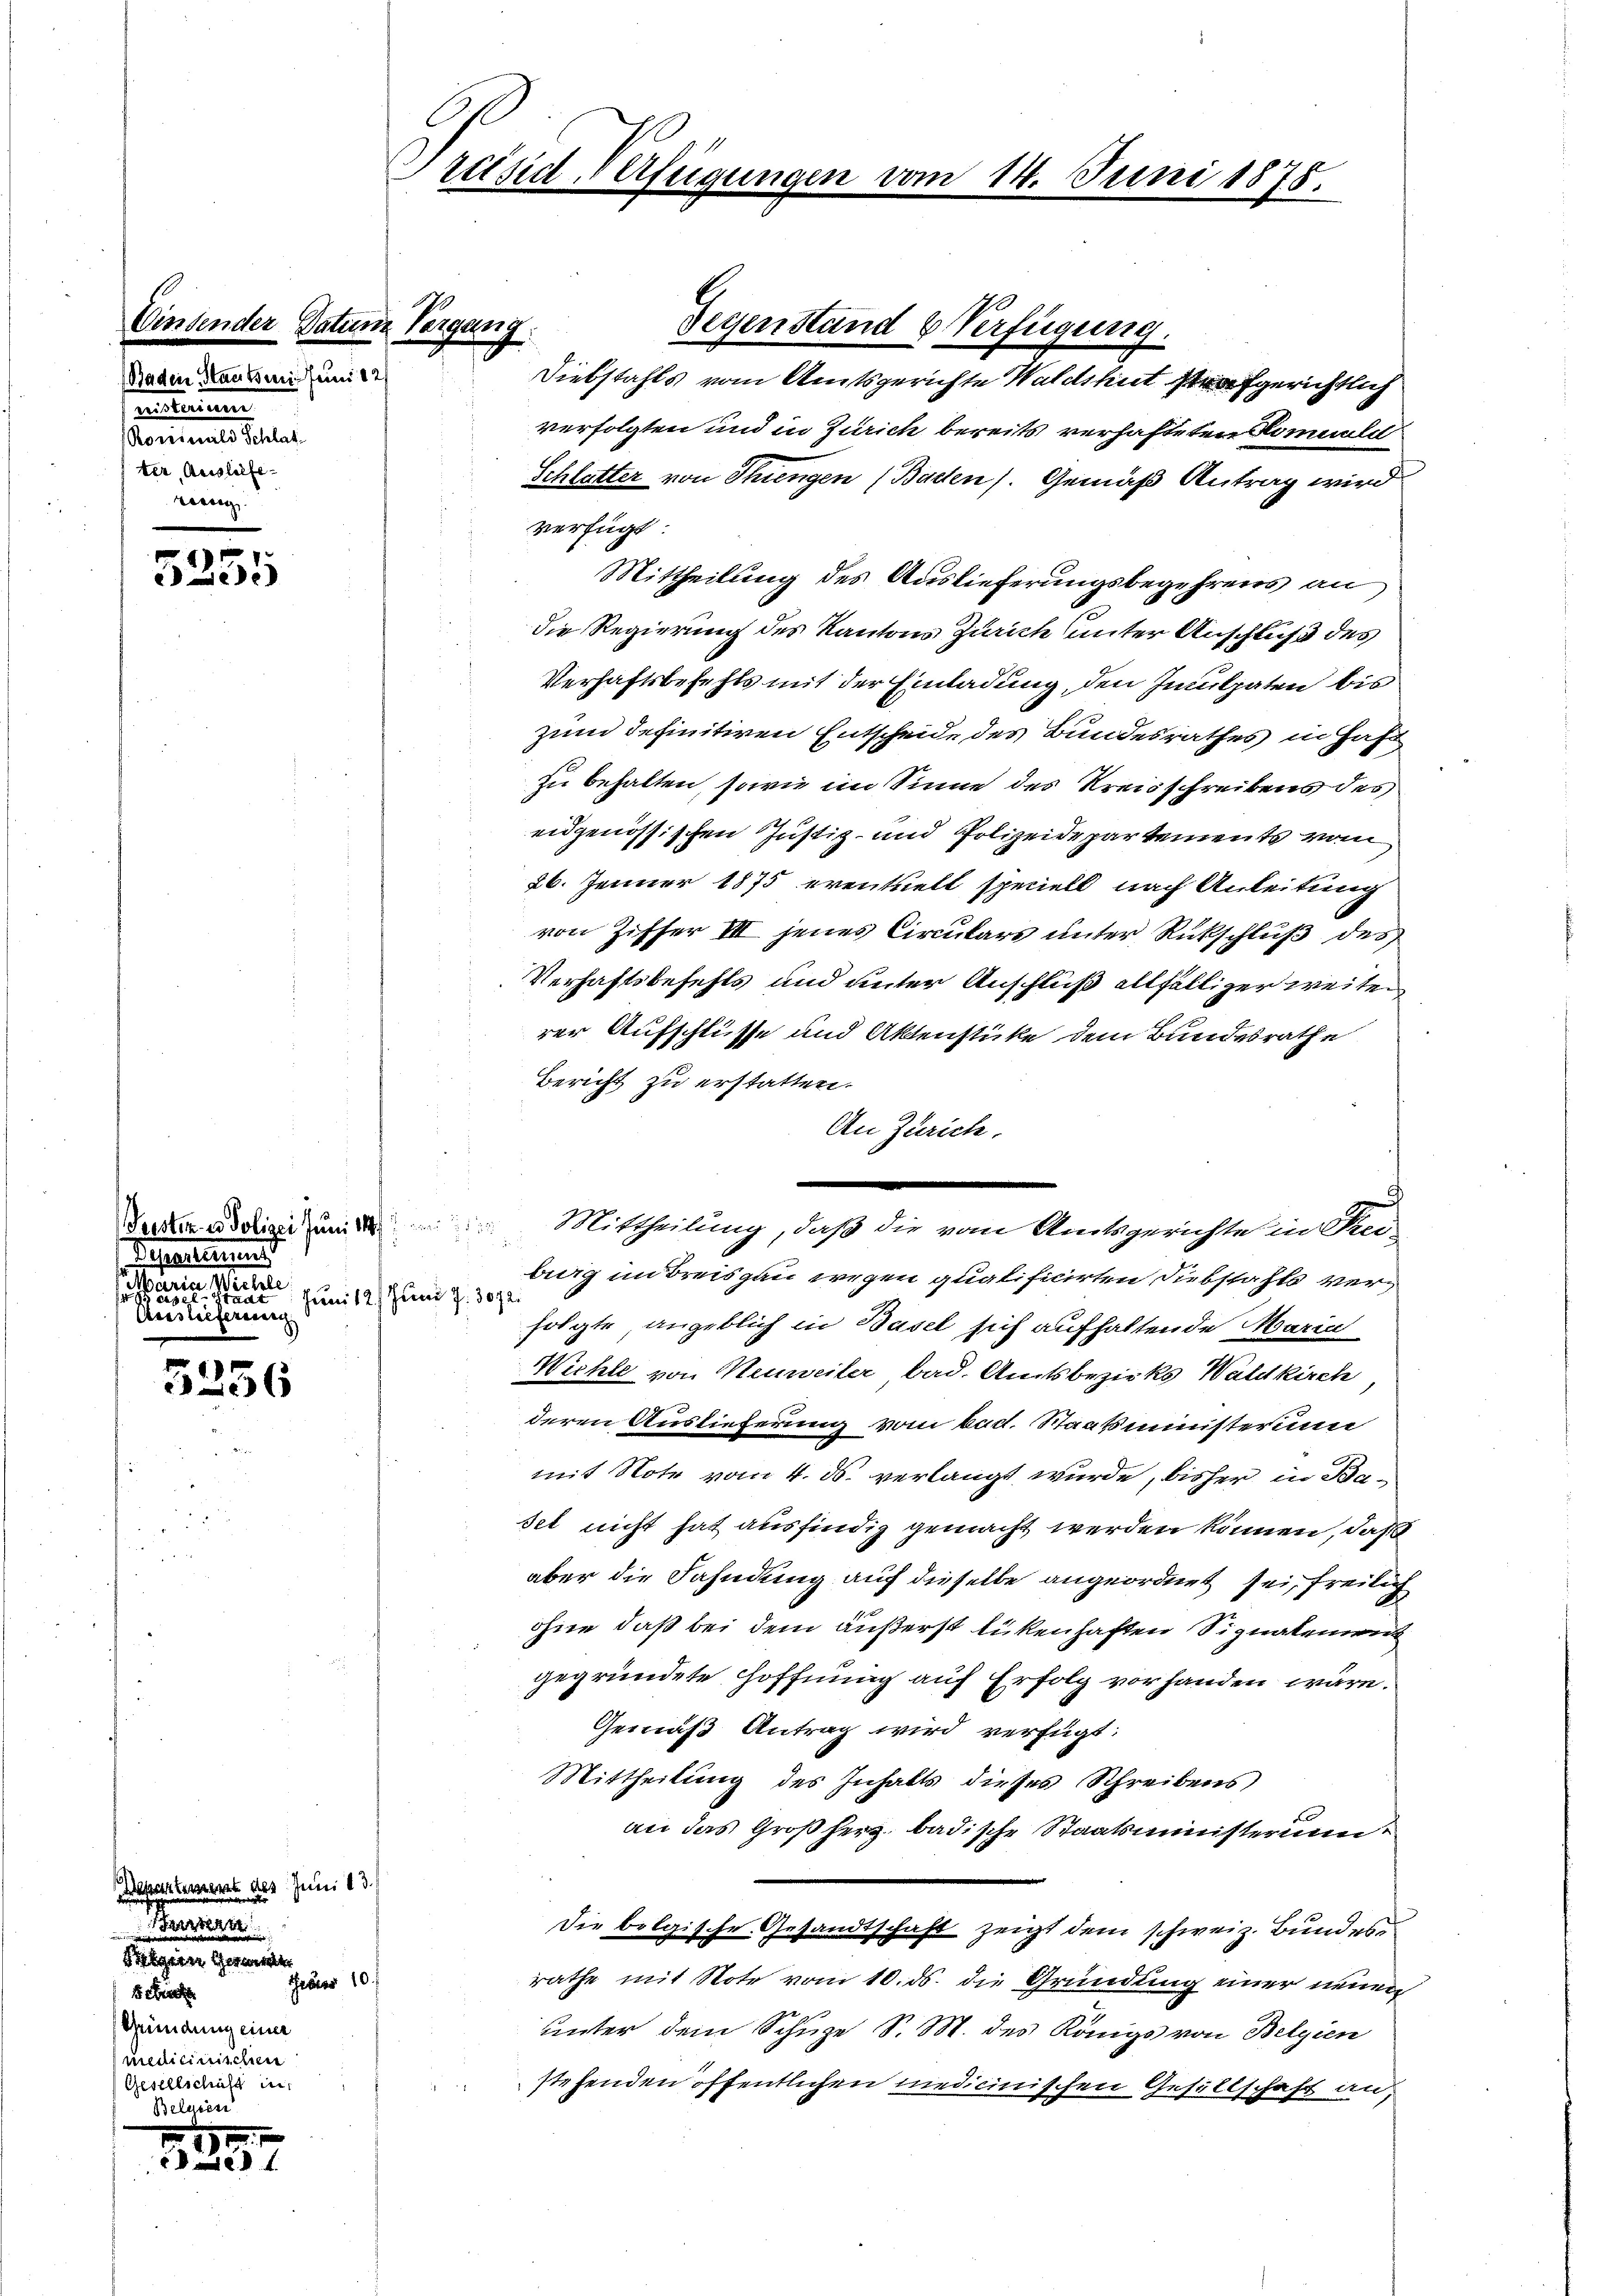
Baden Staaten Juni 12
mitrium
onnen eine
ter, Ausliefetien

A

5255

Priserlesens
eare Weite
Juni 12. Juni 7. 3072.
ee eine eine neuen

5236

Wassertement des Juni 13.
Bern
Siegen Gemeinde
Febuar 10.
1. Sieche
Gründung einer
medicinischen
Gesellschalt in
Belusen

3531

)

tun Vergang:

résid-Verfügungen vom 14. Juni 1875.

verfolgten und in Zürich bereits verhafteten Kommale
Schlatter von Thiengen (Baden). Gemäß Antrag wird
verfügt:
Mittheilung des Auslieferungsbegehrens an
die Regierung des Kantons Zürich unter Anschluß des
Verhaftsbefehls mit der Einladung, den Inculpaten bis
zum definitiven Entscheide des Bundesrathes in Haft
zu behalten, sowie im Sinne des Kreisschreibens des
eidgenössischen Justiz- und Polizeidepartements vom
26. Jenner 1875 eventuell speciell nach Anleitung
von Ziffer III jenes Circulars unter Rückschluß des
Verhaftsbefehls und unter Anschluß allfälliger weiten
rer Aufschlüsse und Aktenstüke dem Bundesrathe
Bericht zu erstatten.
An Zürich.
Seester Polizei zum Mittheilung, daß die vom Amtsgerichte in Sei-
big instreisgau wegen qualificirten Diebstahls verfolgte, angeblich in Basel sich aufhaltende Maria
Wichte von Neuweiler, bad. Amtsbezirks Waldkirch
deren Auslieferung vom bad. Staatsministerun
mit Note vom 4. ds. verlangt wurde, bisher in Baset nicht hat ausfindig gemacht werden können, daß
aber die Fahndung auf dieselbe angeordnet sei, freilich
ohne daß bei dem äußerst lückenhaften Signalement
gegründete Hoffnung auf Erfolg vorhanden wäre.
Gemäß Antrag wird verfügt:
Mittheilung des Inhalts dieses Schreibens
an das Großherz badische Staatsministerium
Die belgische Gesandtschaft zeigt dem schweiz. Bundesrathe mit Note vom 10. ds. die Gründung einer neuen
unter dem Schule S. M. des Königs von Belgien
stehenden öffentlichen medicinischen Gesellschaft an,

Gegenstand & Verfügung.
Diebstahls vom Amtsgerichte Waldshut strafgerichtlich

.